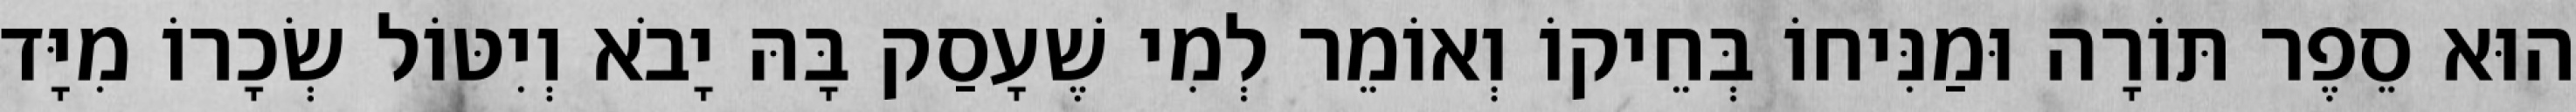
הוּא סֵפֶר תּוֹרָה וּמַנִּיחוֹ בְּחֵיקוֹ וְאוֹמֵר לְמִי שֶׁעָסַק בָּהּ יָבֹא וְיִטּוֹל שְׂכָרוֹ מִיָּד